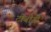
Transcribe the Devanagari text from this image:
टीबीडी